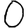
Digit: 0